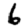
Digit: 6